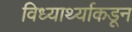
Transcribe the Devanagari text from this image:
विध्यार्थ्याकडून